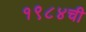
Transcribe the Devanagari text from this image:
१९८४ची